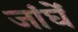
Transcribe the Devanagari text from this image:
जांघें